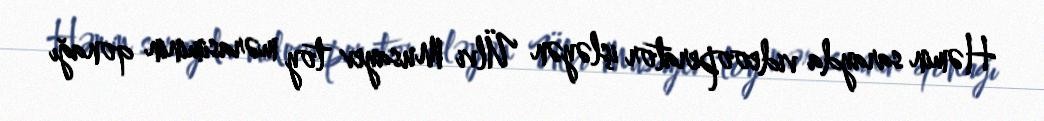
Həmin sarayda videooperator işləyən Ülvi Musayev toy mərasiminin qonağı